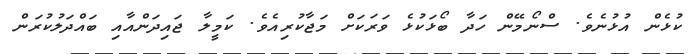
ކުޅެން އުޅުނެވެ. ސްނޯމޭން ހަދާ ބޯޅަކުޅެ ވަރަކަށް މަޖާކުރިއެވެ. ކަމީލާ ޖައިދަންއާއި ބައްދަލުކުރަން